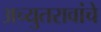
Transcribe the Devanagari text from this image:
अच्युतरावांचे